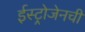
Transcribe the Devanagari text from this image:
ईस्ट्रोजेनची